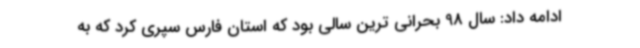
ادامه داد: سال 98 بحرانی ترین سالی بود که استان فارس سپری کرد که به